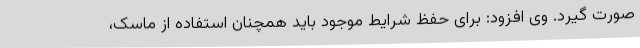
صورت گیرد. وی افزود: برای حفظ شرایط موجود باید همچنان استفاده از ماسک،